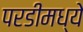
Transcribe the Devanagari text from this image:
परडीमध्ये